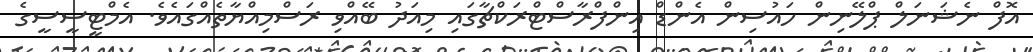
އޮފް ނެޝަނަލް ޕްލޭނިން ހައުސިން އެންޑް އިންފްރާސްޓްރަކްޗާގައި މިއަދު ބޭއްވި ރަސްމިއްޔާތެއްގައެވެ. އެމްޓީސީސީގެ